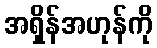
အရှိန်အဟုန်ကို